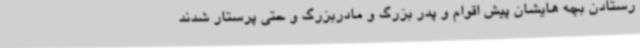
رستادن بچه هایشان پیش اقوام و پدر بزرگ و مادربزرگ و حتی پرستار شدند